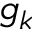
g _ { k }